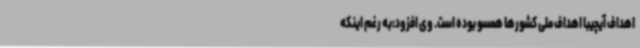
اهداف آیچیبا اهداف ملی کشورها همسو بوده است. وی افزود:به رغم اینکه